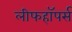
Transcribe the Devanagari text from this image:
लीफहॉपर्स